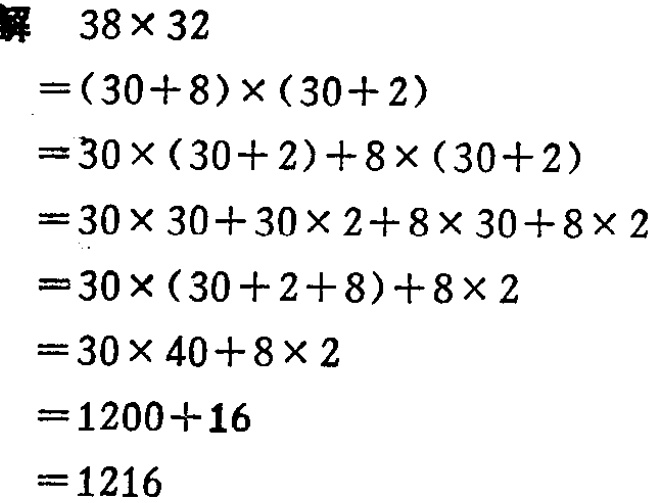
\begin{align*}
&解\quad38\times32\\
&=(30 + 8)\times(30 + 2)\\
&=30\times(30 + 2)+8\times(30 + 2)\\
&=30\times30+30\times2 + 8\times30+8\times2\\
&=30\times(30 + 2 + 8)+8\times2\\
&=30\times40+8\times2\\
&=1200 + 16\\
&=1216
\end{align*}